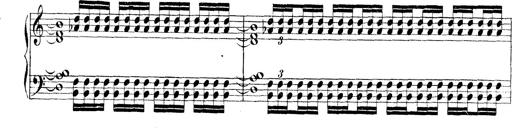
Title: Technische Studien
Composer: Franz Liszt